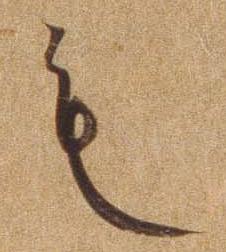
も